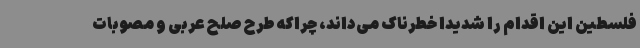
فلسطین این اقدام را شدیداً خطرناک می‌داند، چراکه طرح صلح عربی و مصوبات